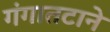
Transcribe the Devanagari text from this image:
गंगातटाने